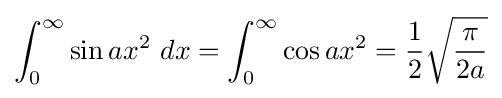
\int _{0}^{\infty }\sin ax^{2}\ dx=\int _{0}^{\infty }\cos ax^{2}={\frac {1}{2}}{\sqrt {\frac {\pi }{2a}}}